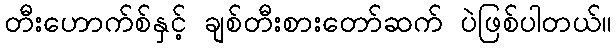
တီးဟောက်စ်နှင့် ချစ်တီးစားတော်ဆက် ပဲဖြစ်ပါတယ်။